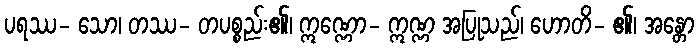
ပရဿ- သော၊ တဿ- တပစ္စည်း၏၊ ဣဏ္ဏော- ဣဏ္ဏ အပြုသည်၊ ဟောတိ- ၏၊ အန္တော